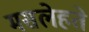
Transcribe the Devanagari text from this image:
मसलेहते